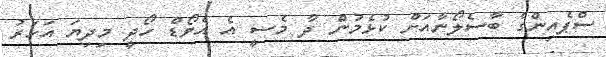
ސްޕެއިންގެ ބާސެލޯނާއަށް ކުޅެމުން ދާ މެސީ އެ އެވޯޑް ހޯދީ މިދިޔަ އަހަރު